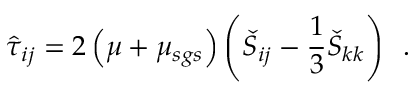
\hat { \tau } _ { i j } = 2 \left( \mu + \mu _ { s g s } \right) \left( \check { S } _ { i j } - \frac { 1 } { 3 } \check { S } _ { k k } \right) \, \mathrm { ~ . ~ }